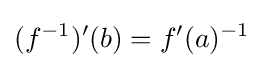
(f^{-1})'(b)=f'(a)^{-1}